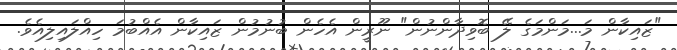
"ޒައިކާން މަ...މަންމަގެ ލޭ ބޮވިދާންނުން" ނޫރީން އެހެން ބުނުމުން ޒައިކާން އެއްބުމަ ހިއްލައިލިއެވެ.